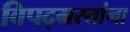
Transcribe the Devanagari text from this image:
विपद्‌ग्रस्तांना